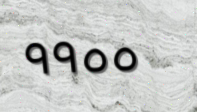
٩٩٥٥